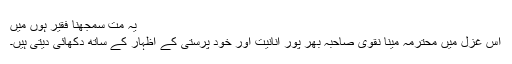
یہ مت سمجھنا فقیر ہوں میں
اس غزل میں محترمہ مینا نقوی صاحبہ بھر پور انانیت اور خود پرستی کے اظہار کے ساتھ دکھائی دیتی ہیں۔